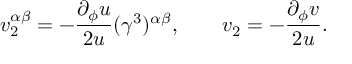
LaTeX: v _ { 2 } ^ { \alpha \beta } = - \frac { \partial _ { \phi } u } { 2 u } ( \gamma ^ { 3 } ) ^ { \alpha \beta } , \qquad v _ { 2 } = - \frac { \partial _ { \phi } v } { 2 u } .